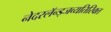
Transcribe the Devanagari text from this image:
नेदरलॅन्ड्जव्यतिरिक्त